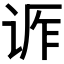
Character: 𬣶